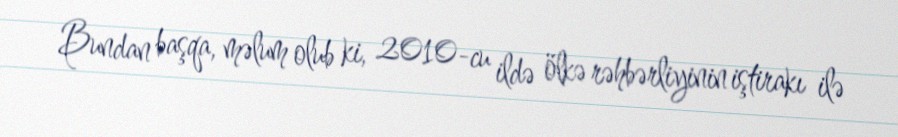
Bundan başqa, məlum olub ki, 2010-cu ildə ölkə rəhbərliyinin iştirakı ilə